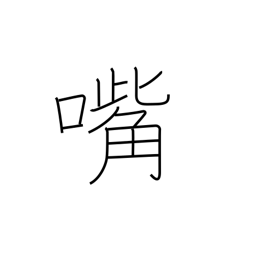
Meaning: bill